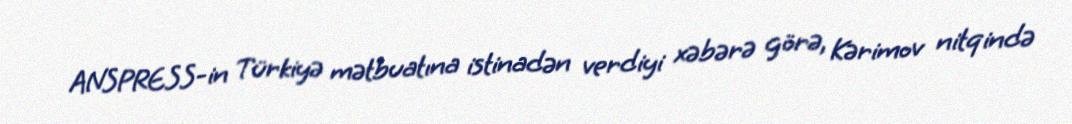
ANSPRESS-in Türkiyə mətbuatına istinadən verdiyi xəbərə görə, Kərimov nitqində